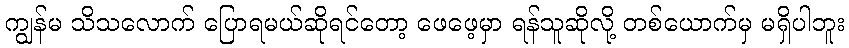
ကျွန်မ သိသလောက် ပြောရမယ်ဆိုရင်တော့ ဖေဖေ့မှာ ရန်သူဆိုလို့ တစ်ယောက်မှ မရှိပါဘူး